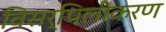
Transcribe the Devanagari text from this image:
विसर्पिलीकरण